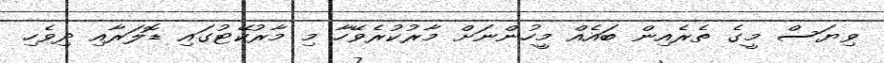
ވިޔަސް މީގެ ތެރެއިން ބައެއް މީހުންނަށް މާރުކުރެވޭހާ މި މާރުކޭޓުގައި ޑޮލަރާއި ދިވެހި